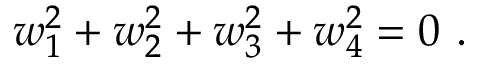
w _ { 1 } ^ { 2 } + w _ { 2 } ^ { 2 } + w _ { 3 } ^ { 2 } + w _ { 4 } ^ { 2 } = 0 \ .